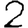
Digit: 2